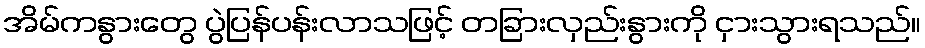
အိမ်ကနွားတွေ ပွဲပြန်ပန်းလာသဖြင့် တခြားလှည်းနွားကို ငှားသွားရသည်။